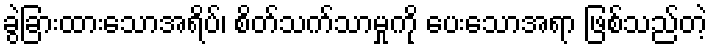
ခွဲခြားထားသောအရိပ်၊ စိတ်သက်သာမှုကို ပေးသောအရာ ဖြစ်သည်တဲ့